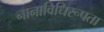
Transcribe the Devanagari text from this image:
नानाविधिरूपता